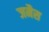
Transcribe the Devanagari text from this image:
जमैस